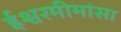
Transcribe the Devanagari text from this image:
ईश्वरमीमांसा